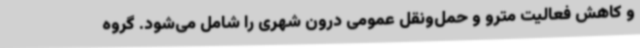
و کاهش فعالیت مترو و حمل‌ونقل عمومی درون شهری را شامل می‌شود. گروه